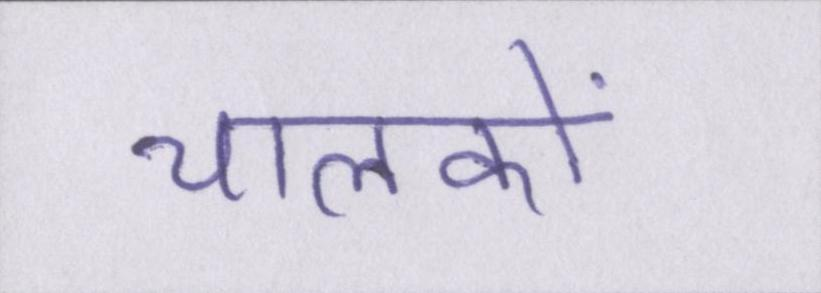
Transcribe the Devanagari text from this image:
चालकों